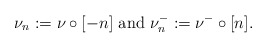
\begin{align*}\nu_n:=\nu \circ [-n] \ \textnormal{and}\ \nu_n^-:=\nu^-\circ [n].\end{align*}